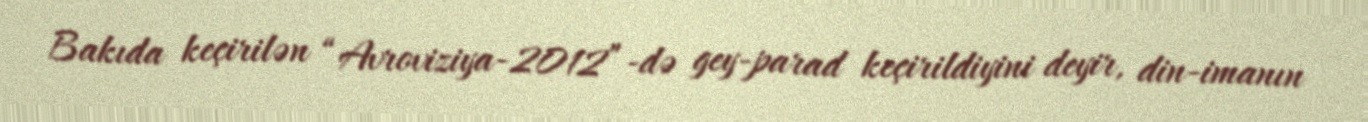
Bakıda keçirilən “Avroviziya-2012”-də gey-parad keçirildiyini deyir, din-imanın